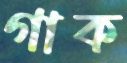
গাক